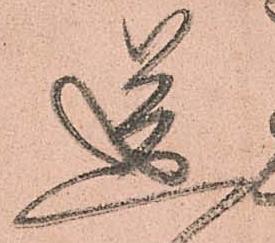
送